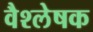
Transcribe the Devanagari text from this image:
वैश्लेषक